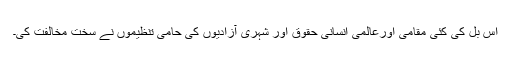
اس بل کی کئی مقامی اورعالمی انسانی حقوق اور شہری آزادیوں کی حامی تنظیموں نے سخت مخالفت کی۔